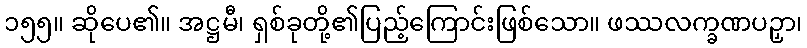
၁၅၅။ ဆိုပေ၏။ အဋ္ဌမီ၊ ရှစ်ခုတို့၏ပြည့်ကြောင်းဖြစ်သော။ ဖဿလက္ခဏပဉှာ၊